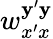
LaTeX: w_{x^{\prime}x}^{\mathbf{y}^{\prime}\mathbf{y}}